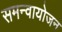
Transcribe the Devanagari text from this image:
समन्वायोजन